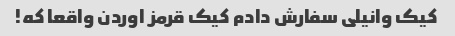
کیک وانیلی سفارش دادم کیک قرمز اوردن واقعا که!